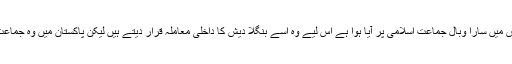
پاکستان میں حکمران شاید اس لیے چین سے بیٹھے ہیں کہ بنگلا دیش میں سارا وبال جماعت اسلامی پر آیا ہوا ہے اس لیے وہ اسے بنگلا دیش کا داخلی معاملہ قرار دیتے ہیں لیکن پاکستان میں وہ جماعت اسلامی کی قربانیوں اور حب الوطنی کو تسلیم کرنے کو تیار نہیں۔